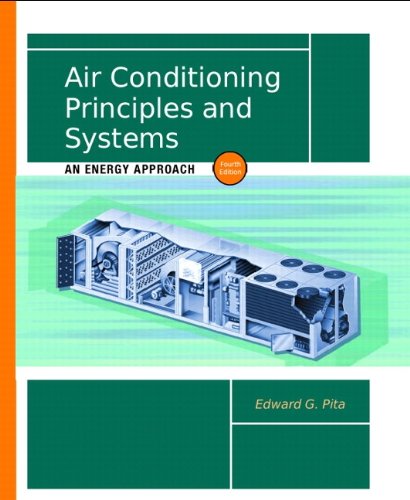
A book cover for Air Conditioning Principles and Systems: An Energy Approach (4th Edition); Edward G. Pita P.E.; Crafts, Hobbies & Home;